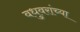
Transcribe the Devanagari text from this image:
वधुवरांच्या